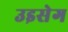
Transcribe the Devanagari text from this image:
उइसेग